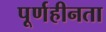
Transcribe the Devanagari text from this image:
पूर्णहीनता